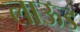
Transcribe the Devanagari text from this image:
लाऊड